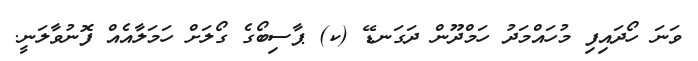
ވަނަ ހޯދައިފި މުހައްމަދު ހަމްދޫން ދަގަނޑޭ (ކ) ޕާސިބޯގެ ގޯލަށް ހަމަލާއެއް ފޮނުވާލަނީ.